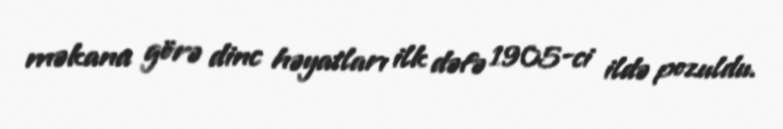
məkana görə dinc həyatları ilk dəfə 1905-ci ildə pozuldu.